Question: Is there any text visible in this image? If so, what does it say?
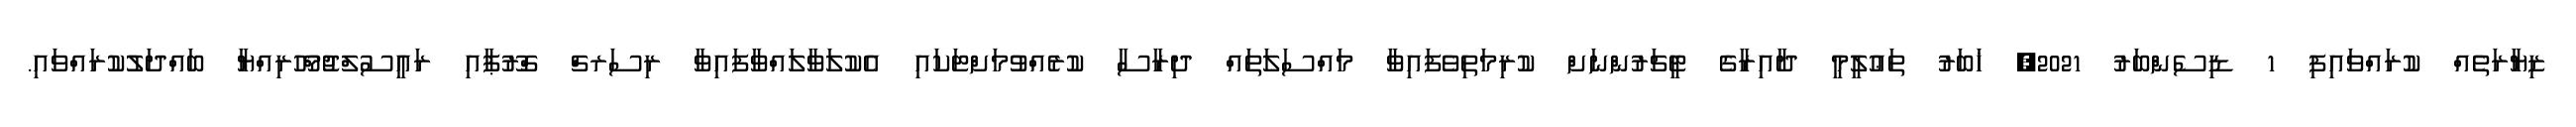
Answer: ޒިޔާރަތެއް ކުރައްވައިފި 1 ޑިސެންބަރު 2021, ޚަބަރު ތަޢުލީމީ ދާއިރާގެ ޓީޗަރުންނަށް ކުރިމަތިވެފައިވާ މައްސަލަތައް ދިރާސާ ކުރެއްވުމަށްޓަކައި އެކުލަވާލައްވާފައިވާ ރިސަރޗް ގްރޫޕާއި ރައީސުލްޖުމްހޫރިއްޔާ ބައްދަލުކުރައްވައި.